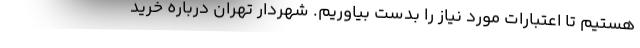
هستیم تا اعتبارات مورد نیاز را بدست بیاوریم. شهردار تهران درباره خرید